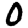
Digit: 0